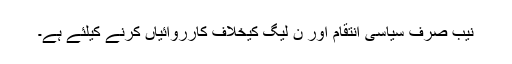
نیب صرف سیاسی انتقام اور ن لیگ کیخلاف کارروائیاں کرنے کیلئے ہے۔